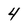
Character: 4